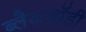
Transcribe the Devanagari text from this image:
ब्लैकबॉडी